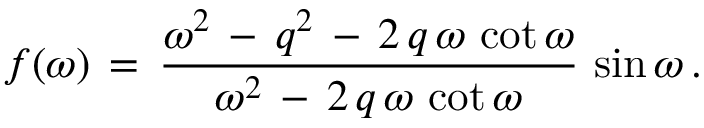
f ( \omega ) \, = \, \frac { \omega ^ { 2 } \, - \, q ^ { 2 } \, - \, 2 \, q \, \omega \, \cot \omega } { \omega ^ { 2 } \, - \, 2 \, q \, \omega \, \cot \omega } \, \sin \omega \, { . }